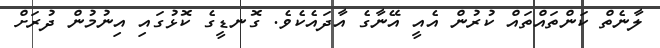
ލާނެތް ކަންތައްތައް ކުރުން އެއީ އޭނާގެ އާދައެކެވެ. ގޮނޑީގެ ކޮޅުގައި އިނުމުން ދުރަށް